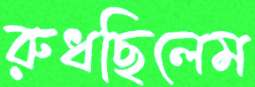
রুধছিলেম